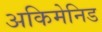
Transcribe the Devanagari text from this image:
अकिमेनिड